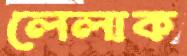
লেলাক